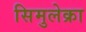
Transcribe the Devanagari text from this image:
सिमुलेक्रा